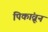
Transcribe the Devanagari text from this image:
पिकांव्रून